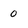
Character: 0